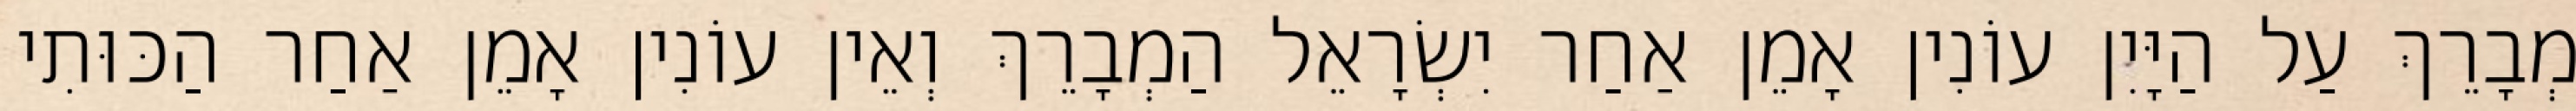
מְבָרֵךְ עַל הַיָּיִן עוֹנִין אָמֵן אַחַר יִשְׂרָאֵל הַמְבָרֵךְ וְאֵין עוֹנִין אָמֵן אַחַר הַכּוּתִי